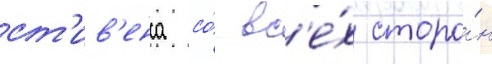
ст'ив'енса со́ вс'е́х сторо́н